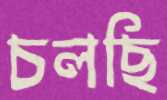
চলছি